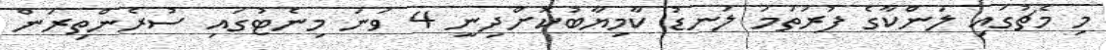
މި މެޗުގައި ލަންކާގެ ފުރަތަމަ ލަނޑު ކާމިޔާބުކޮށްދިނީ 4 ވަނަ މިނެޓުގައި ސުރެންތިރަން